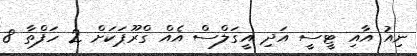
ނިއު އާއި ޓީސީ އަދި އީގަލްސް އެއް ގްރޫޕަކަށް 2 ހަފްތާ 8